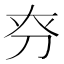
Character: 𠛞